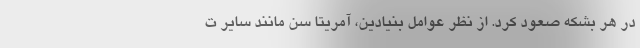
در هر بشکه صعود کرد. از نظر عوامل بنیادین، آمریتا سن مانند سایر ت